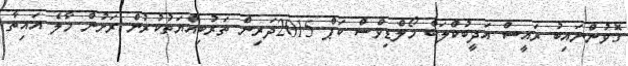
ގޮވުންނައިބު ރައީސް އަދީބުކްލަބް މޯލްޑިވްސް ކަޕް 2015ދަރިން ތަރުބިއްޔަތުކުރުން ރަށުން މާލެ އައިތާ